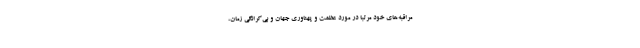
مراقبه‌های خود مرتبا در مورد عظمت و پهناوری جهان و بی‌کرانگی زمان،